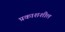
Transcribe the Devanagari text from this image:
प्रकाशशील